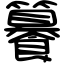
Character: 䉵